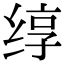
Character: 𬘯